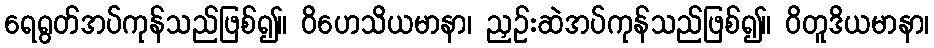
ရေရွတ်အပ်ကုန်သည်ဖြစ်၍။ ဝိဟေသိယမာနာ၊ ညှဉ်းဆဲအပ်ကုန်သည်ဖြစ်၍။ ဝိတူဒိယမာနာ၊